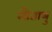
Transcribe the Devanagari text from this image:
मौताथु